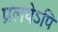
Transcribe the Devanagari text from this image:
प्रलयेऽपि